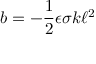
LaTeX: b = - \frac { 1 } { 2 } \epsilon \sigma k \ell ^ { 2 }